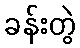
ခန်းတွဲ